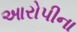
આરોપીના